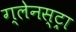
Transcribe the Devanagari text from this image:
ग्लेनस्ट्रा